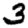
Digit: 3